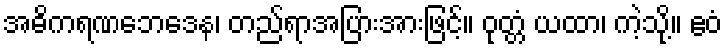
အဓိကရဏဘေဒေန၊ တည်ရာအပြားအားဖြင့်။ ဝုတ္တံ ယထာ၊ ကဲ့သို့။ ဧဝံ